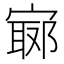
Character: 𡪅